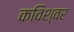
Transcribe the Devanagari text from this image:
कविश्वर